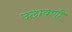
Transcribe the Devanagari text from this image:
उठावणी